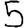
Digit: 5